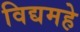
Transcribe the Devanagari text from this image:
विद्यमहे